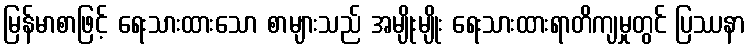
မြန်မာစာဖြင့် ရေးသားထားသော စာများသည် အမျိုးမျိုး ရေးသားထားရာတိကျမှုတွင် ပြဿနာ